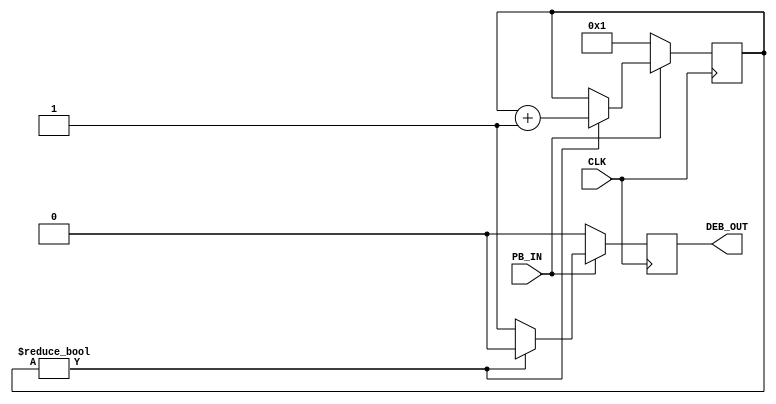
/* debounce.v - a debounced push button by karttu, 12.12.2004.

// See:
// http://groups-beta.google.com/group/comp.lang.vhdl/messages/06dceec75f8ca08e,93d2ccf324a87543,ba3d805dcf093614,afeaec4c5fdc6004,bb912762f254318b?thread_id=1a429c2092c1b3e3&view=thread&noheader=1
// Especially the message from Rick Collins:
//
// The second way is to use a single pole single throw switch and any fast
// (>100 Hz) clock and require that the switch be in a given state for some
// minimum amount of time before changing the output. The idea is to wait
// out the bouncing time before changing the output. For example if you
// were trying to detect when the user pushes a momentary push button, you
// might use a 1 KHz clock and a seven bit counter. The counter is reset
// any time the button is not pushed. When the button is pushed, the
// counter is allowed to run, getting reset when ever the switch bounces.
// After the switch has stopped bouncing for 128 counts, (you can assume
// that it won't bounce any more) and the counter reaches max count. The
// counter then outputs a terminal count signal and stops counting. When
// the button switch is released, the counter is reset and the TC output
// goes away. If this is not long enough to debounce the switch, use a
// slower clock or a longer counter.

 */

module debounced_button(CLK,PB_IN,DEB_OUT);
input CLK;
input PB_IN;
output DEB_OUT;

reg DEB_OUT = 0;

parameter msb = 19;
// 1048576 x 20 ns = 20971520 ns ~ 21 ms. (~ 1/50 s).
reg [msb:0] delay_counter = 1;

always @(posedge CLK)
  begin
   if(~PB_IN)
    begin
     DEB_OUT <= 0;
     delay_counter <= 1;
    end
   else if(delay_counter)
    begin
     DEB_OUT <= 0;
     delay_counter <= delay_counter + 1;
    end
   else // delay_counter has wrapped over,
    begin // so the button has settled to ON state.
     DEB_OUT <= 1;
    end
  end

endmodule